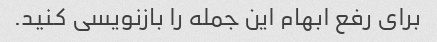
برای رفع ابهام این جمله را بازنویسی کنید.